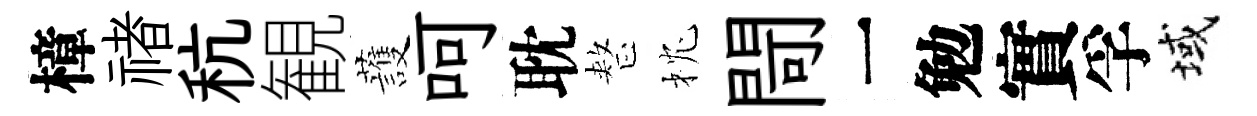
樟禇秔観䕶呵耽整枕閜一勉實孚域